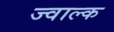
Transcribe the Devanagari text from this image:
ज्वाल्क